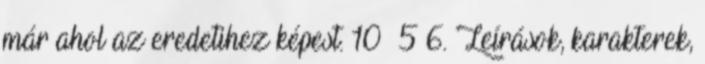
már ahol az eredetihez képest. 10 5 6. Leírások, karakterek,